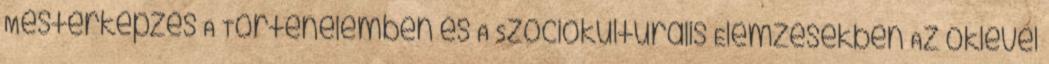
Mesterképzés A Történelemben és A Szociokulturális Elemzésekben Az oklevél